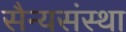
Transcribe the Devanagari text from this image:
सैन्यसंस्था